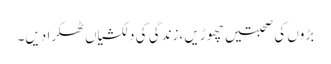
بڑوں کی صحبتیں چھوڑیں ،زندگی کی دلکشیاں ٹھکرا دیں۔